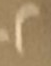
2